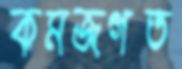
কমজগত